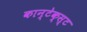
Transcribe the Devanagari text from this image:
कान्टेक्स्ट